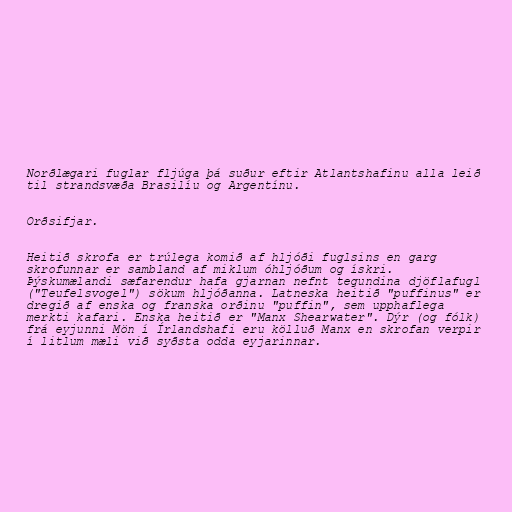
Norðlægari fuglar fljúga þá suður eftir Atlantshafinu alla leið
til strandsvæða Brasilíu og Argentínu.

Orðsifjar.

Heitið skrofa er trúlega komið af hljóði fuglsins en garg
skrofunnar er sambland af miklum óhljóðum og ískri.
Þýskumælandi sæfarendur hafa gjarnan nefnt tegundina djöflafugl
("Teufelsvogel") sökum hljóðanna. Latneska heitið "puffinus" er
dregið af enska og franska orðinu "puffin", sem upphaflega
merkti kafari. Enska heitið er "Manx Shearwater". Dýr (og fólk)
frá eyjunni Mön í Írlandshafi eru kölluð Manx en skrofan verpir
í litlum mæli við syðsta odda eyjarinnar.